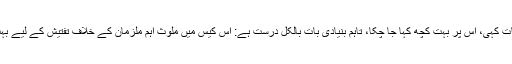
اگرچہ عدالت نے جس وقت یہ بات کہی، اس پر بہت کچھ کہا جا چکا، تاہم بنیادی بات بالکل درست ہے: اس کیس میں ملوث اہم ملزمان کے خلاف تفتیش کے لیے بہت ہی کم پیش رفت کی گئی ہے۔